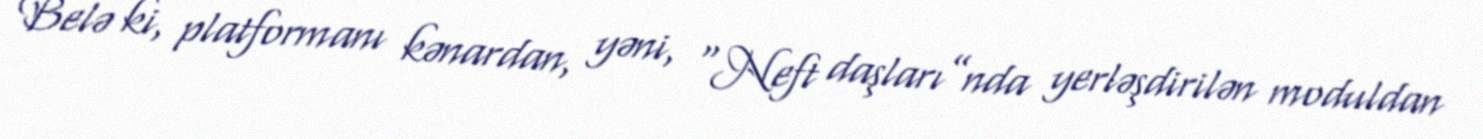
Belə ki, platformanı kənardan, yəni, “Neft daşları”nda yerləşdirilən moduldan